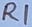
Text: R1